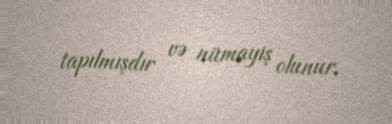
tapılmışdır və nümayiş olunur.